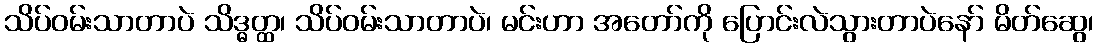
သိပ်ဝမ်းသာတာပဲ သိဒ္ဓတ္ထ၊ သိပ်ဝမ်းသာတာပဲ၊ မင်းဟာ အတော်ကို ပြောင်းလဲသွားတာပဲနော် မိတ်ဆွေ၊